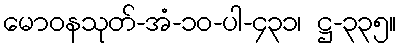
မောဝနသုတ်-အံ-၁၀-ပါ-၄၃၁၊ ဋ္ဌ-၃၃၅။